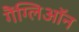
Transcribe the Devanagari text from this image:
गैंग्लिऑन